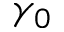
\gamma _ { 0 }